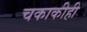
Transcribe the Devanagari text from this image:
चकाकीही